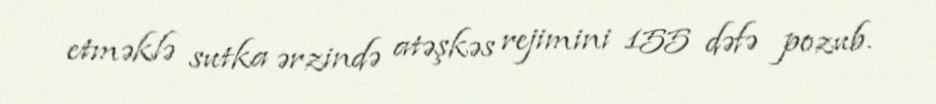
etməklə sutka ərzində atəşkəs rejimini 155 dəfə pozub.